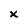
Character: x